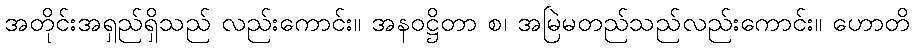
အတိုင်းအရှည်ရှိသည် လည်းကောင်း။ အနဝဋ္ဌိတာ စ၊ အမြဲမတည်သည်လည်းကောင်း။ ဟောတိ